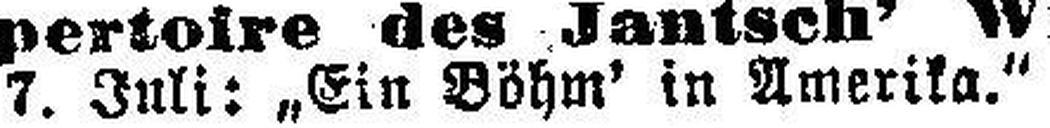
7. Juli: „Ein Böhm' in Amerika.“